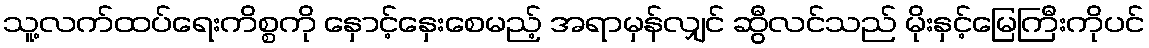
သူ့လက်ထပ်ရေးကိစ္စကို နှောင့်နှေးစေမည့် အရာမှန်လျှင် ဆွီလင်သည် မိုးနှင့်မြေကြီးကိုပင်